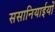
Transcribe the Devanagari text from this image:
ससानियाईयों